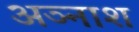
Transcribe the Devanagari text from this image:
अञ्नाश